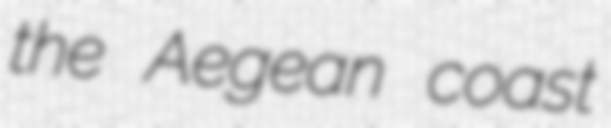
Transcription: the Aegean coast